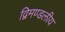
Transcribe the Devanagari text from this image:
द्विमण्डलीय